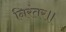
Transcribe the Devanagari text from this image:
निरंतर॥